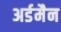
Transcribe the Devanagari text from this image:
अर्डमैन